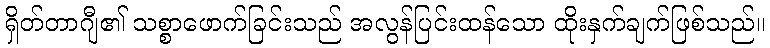
ရှိတ်တာဂျီ၏ သစ္စာဖောက်ခြင်းသည် အလွန်ပြင်းထန်သော ထိုးနှက်ချက်ဖြစ်သည်။